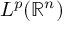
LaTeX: L ^ { p } ( \mathbb { R } ^ { n } )